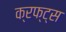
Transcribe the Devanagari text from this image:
क्रफ्ट्स